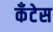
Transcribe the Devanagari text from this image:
कॅंटेस